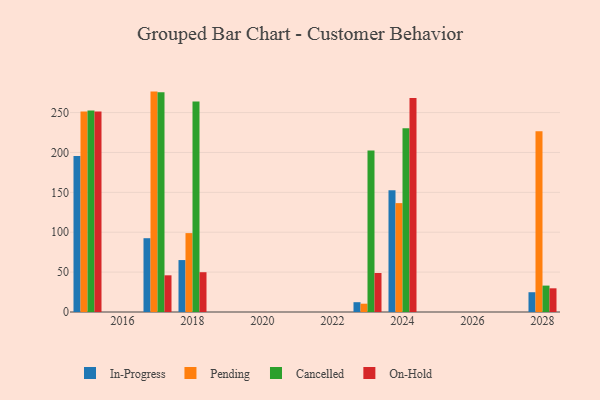
{"axis": {"x": "Year", "y": "Website Visitors"}, "legend": ["Cancelled", "In-Progress", "On-Hold", "Pending"], "data": [{"x": "2023", "y": 12.3, "type": "In-Progress"}, {"x": "2023", "y": 10.4, "type": "Pending"}, {"x": "2023", "y": 202.5, "type": "Cancelled"}, {"x": "2023", "y": 48.9, "type": "On-Hold"}, {"x": "2028", "y": 24.8, "type": "In-Progress"}, {"x": "2028", "y": 226.5, "type": "Pending"}, {"x": "2028", "y": 33.1, "type": "Cancelled"}, {"x": "2028", "y": 29.7, "type": "On-Hold"}, {"x": "2015", "y": 195.6, "type": "In-Progress"}, {"x": "2015", "y": 251.3, "type": "Pending"}, {"x": "2015", "y": 252.6, "type": "Cancelled"}, {"x": "2015", "y": 251.3, "type": "On-Hold"}, {"x": "2024", "y": 152.6, "type": "In-Progress"}, {"x": "2024", "y": 136.5, "type": "Pending"}, {"x": "2024", "y": 230.5, "type": "Cancelled"}, {"x": "2024", "y": 268.3, "type": "On-Hold"}, {"x": "2017", "y": 92.5, "type": "In-Progress"}, {"x": "2017", "y": 276.3, "type": "Pending"}, {"x": "2017", "y": 275.4, "type": "Cancelled"}, {"x": "2017", "y": 46.0, "type": "On-Hold"}, {"x": "2018", "y": 65.1, "type": "In-Progress"}, {"x": "2018", "y": 98.9, "type": "Pending"}, {"x": "2018", "y": 263.8, "type": "Cancelled"}, {"x": "2018", "y": 49.9, "type": "On-Hold"}]}